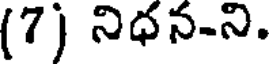
(7) నిధన-ని.